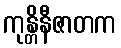
ကုန္တိနီဇာတက